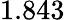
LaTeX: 1.843